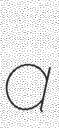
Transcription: a